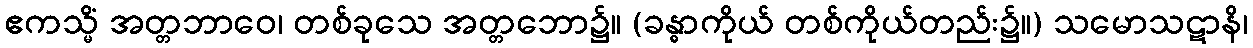
ဧကသ္မိံ အတ္တဘာဝေ၊ တစ်ခုသေ အတ္တဘော၌။ (ခန္ဓာကိုယ် တစ်ကိုယ်တည်း၌။) သမောသဋာနိ၊